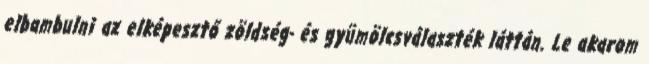
elbambulni az elképesztő zöldség- és gyümölcsválaszték láttán. Le akarom